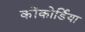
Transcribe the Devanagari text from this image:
कोंकोर्डिया